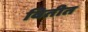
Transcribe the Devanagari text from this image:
वितीत